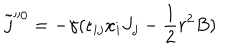
\tilde { j } ^ { 0 } = - \gamma ( \epsilon _ { i j } x _ { i } J _ { j } - \frac { 1 } { 2 } r ^ { 2 } B )